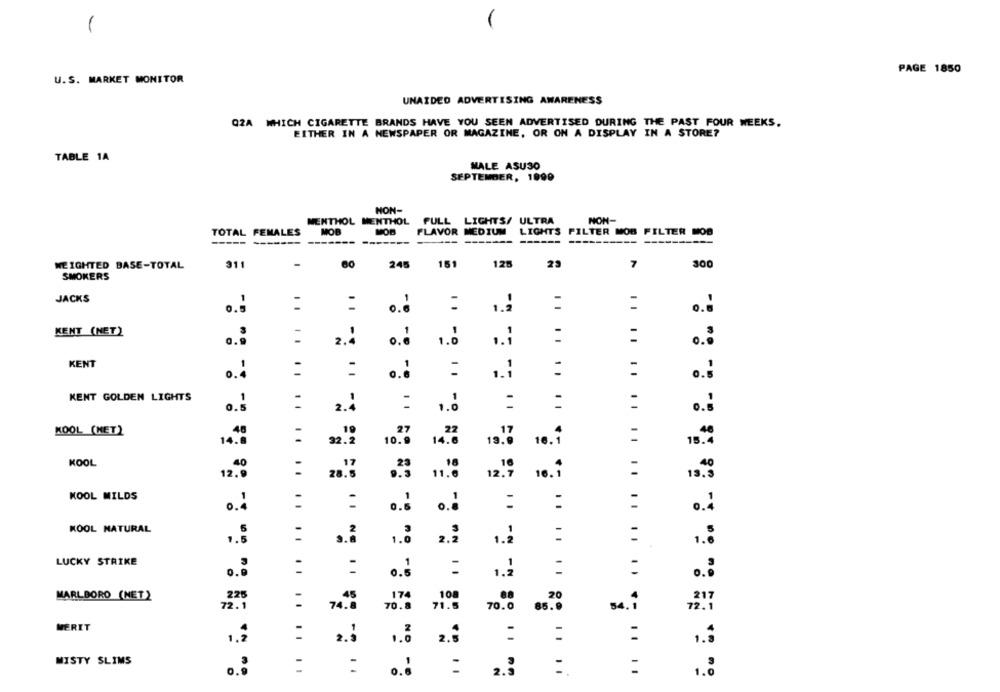
PAGE 1850
U.S. MARKET MONITOR
UNAIDED ADVERTISING AWARENESS
QZA WHICH CIGARETTE BRANDS HAVE YOU SEEN ADVERTISED DURING THE PAST FOUR WEEKS.
EITHER IN A NEWSPAPER OR MAGAZINE, OR ON A DISPLAY IN A STORE?
TABLE 1A
MALE ASUSO
SEPTEMBER, 1990
NON-
MENTHOL MENTHOL FULL LIGHTS/ ULTRA
NON-
TOTAL FEMALES
MOB
FLAVOR MEDIUM
LIGHTS FILTER MOB FILTER MOB
----------
-
151
WEIGHTED BASE-TOTAL
311
245
125
23
7
300
SMOKERS
JACKS
0.5
0.6
1.2
:
:
.. "
KENT (NET)
:
...
2.4
0.6
1.0
KENT
-
..:
0.4
KENT GOLDEN LIGHTS
.... ..
:
:
=
1 .!
KOOL (MET)
48
14.8
10.
16.î
15.
KOOL
12.9
16.
15.
..
KOOL MILDS
0.4
:
0.6
o.
.. .. ......
KOOL NATURAL
1.8
2.
1.8
LUCKY STRIKE
...
:
:
:
:
20
MARLBORO (NET)
225
174
108
217
72.1
74.8
70.8
71.8
70.0
85.0
54.1
72.1
MERIT
:
:
MISTY SLIMS
:
2.
1.0